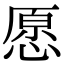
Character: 愿